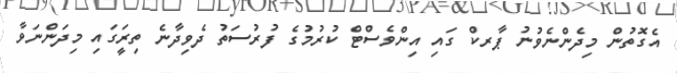
އެގޮތުން މިދެންނެވުނު ޕާރކް ގައި އިންވެސްޓް ކުރުމުގެ ފުރުސަތު ދެވިދާނެ ތިރީަގައި މިދަންނަވާ